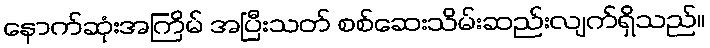
နောက်ဆုံးအကြိမ် အပြီးသတ် စစ်ဆေးသိမ်းဆည်းလျက်ရှိသည်။